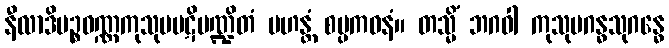
နီလာဒိပဉ္စဝဏ္ဏကုသုမပဋိမဏ္ဍိတံ မဟန္တံ စမ္ပကဝနံ။ တသ္မိံ ဘဂဝါ ကုသုမဂန္ဓသုဂန္ဓေ